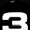
Digit: 3